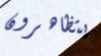
يتظاهرون